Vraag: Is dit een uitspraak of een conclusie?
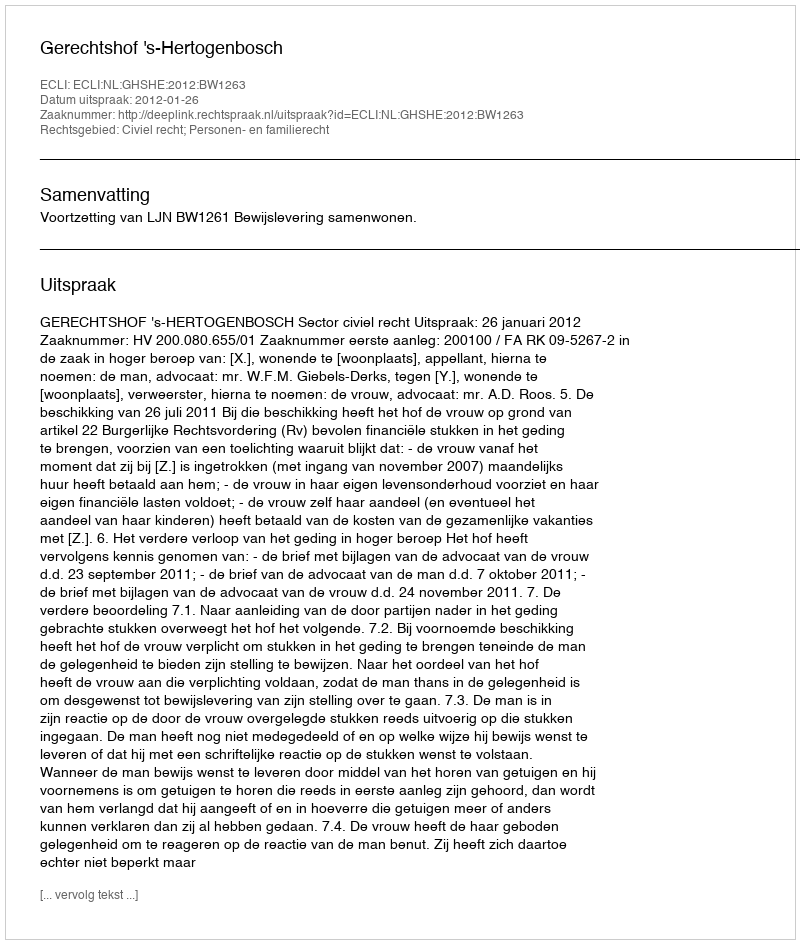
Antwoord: Uitspraak